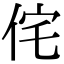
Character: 侘